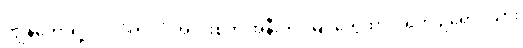
ကျွန်တော့်ရဲ့ လုပ်ပုံကိုင်ပုံ အလုံးစုံကို အနီးကပ်မြင်တွေ့ထားပုံရတဲ့ ဥရောပသား